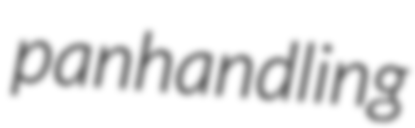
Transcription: panhandling